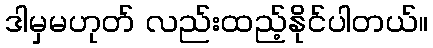
ဒါမှမဟုတ် လည်းထည့်နိုင်ပါတယ်။